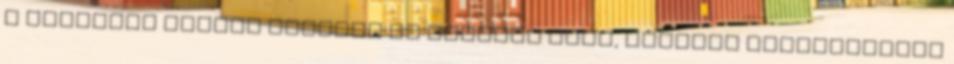
a folyamat régiós szinten is látható lesz, azonban Magyarország